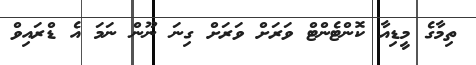
ތިމާގެ މީޑިއާ ކޮންޓެންޓް ވަރަށް ވަރަށް ގިނަ ނޫން ނަމަ އެ ޑްރައިވް